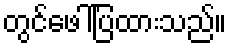
တွင်ဖေါ်ပြထားသည်။